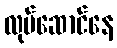
လုပ်ဆောင်နေ